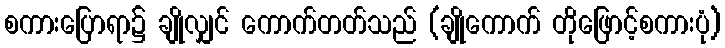
စကားပြောရာ၌ ချိုလျှင် ကောက်တတ်သည် (ချိုကောက် တိုဖြောင့်စကားပုံ)